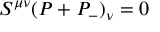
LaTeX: S ^ { \mu \nu } ( P + P _ { - } ) _ { \nu } = 0